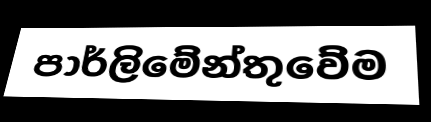
පාර්ලිමේන්තුවේම